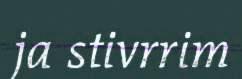
ja stivrrim